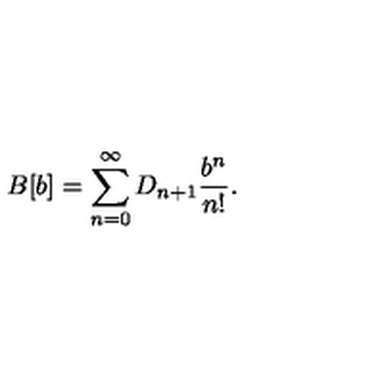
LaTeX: B [ b ] = \sum _ { n = 0 } ^ { \infty } D _ { n + 1 } \frac { b ^ { n } } { n ! } .